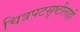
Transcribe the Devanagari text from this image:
चित्रपटसृष्टीलाही